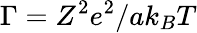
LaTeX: \Gamma=Z^{2}e^{2}/ak_{B}T